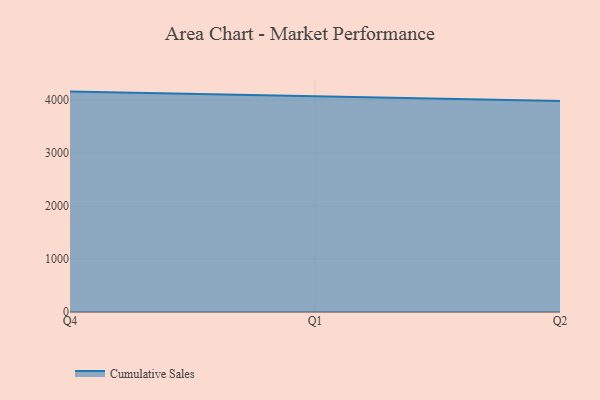
{"axis": {"x": "Quarter", "y": "Demand Index"}, "legend": ["Cumulative Sales"], "data": [{"x": "Q4", "y": 4159.8, "type": "Cumulative Sales"}, {"x": "Q1", "y": 4065.5, "type": "Cumulative Sales"}, {"x": "Q2", "y": 3982.9, "type": "Cumulative Sales"}]}